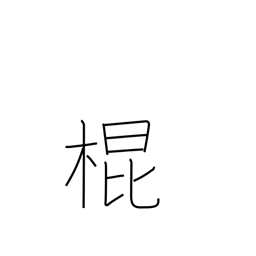
Meaning: a cane